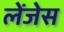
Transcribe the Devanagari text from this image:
लेंजेस